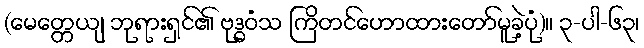
(မေတ္တေယျ ဘုရားရှင်၏ ဗုဒ္ဓဝံသ ကြိတင်ဟောထားတော်မူခဲ့ပုံ)။ ၃-ပါ-၆၃၊